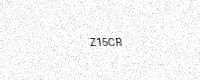
Text: Z15CR